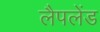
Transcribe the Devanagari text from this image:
लैपलेंड